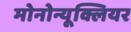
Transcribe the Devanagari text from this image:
मोनोन्यूक्लियर